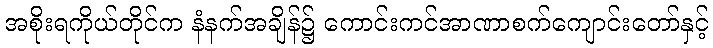
အစိုးရကိုယ်တိုင်က နံနက်အချိန်၌ ကောင်းကင်အာဏာစက်ကျောင်းတော်နှင့်